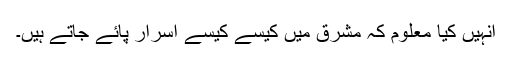
انہیں کیا معلوم کہ مشرق میں کیسے کیسے اسرار پائے جاتے ہیں۔